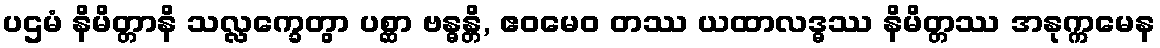
ပဌမံ နိမိတ္တာနိ သလ္လက္ခေတွာ ပစ္ဆာ ဗန္ဓန္တိ, ဧဝမေဝ တဿ ယထာလဒ္ဓဿ နိမိတ္တဿ အနုက္ကမေန